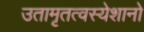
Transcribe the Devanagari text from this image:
उतामृतत्वस्येशानो